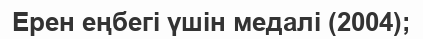
Ерен еңбегі үшін медалі (2004);